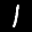
Label: 1